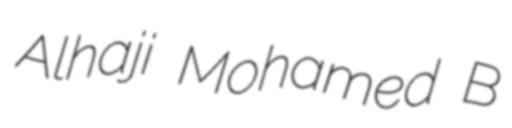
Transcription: Alhaji Mohamed B